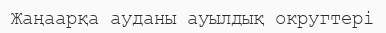
Жаңаарқа ауданы ауылдық округтері